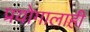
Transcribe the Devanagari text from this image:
प्रयोगालाही